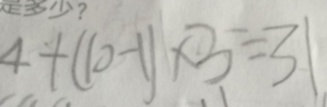
4 + ( 1 0 - 1 ) \times 3 = 3 1